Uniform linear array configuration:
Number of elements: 64
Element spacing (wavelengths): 0.5
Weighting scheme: hamming
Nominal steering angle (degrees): -60
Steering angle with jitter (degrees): -61.578
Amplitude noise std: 0.05
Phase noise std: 0.05

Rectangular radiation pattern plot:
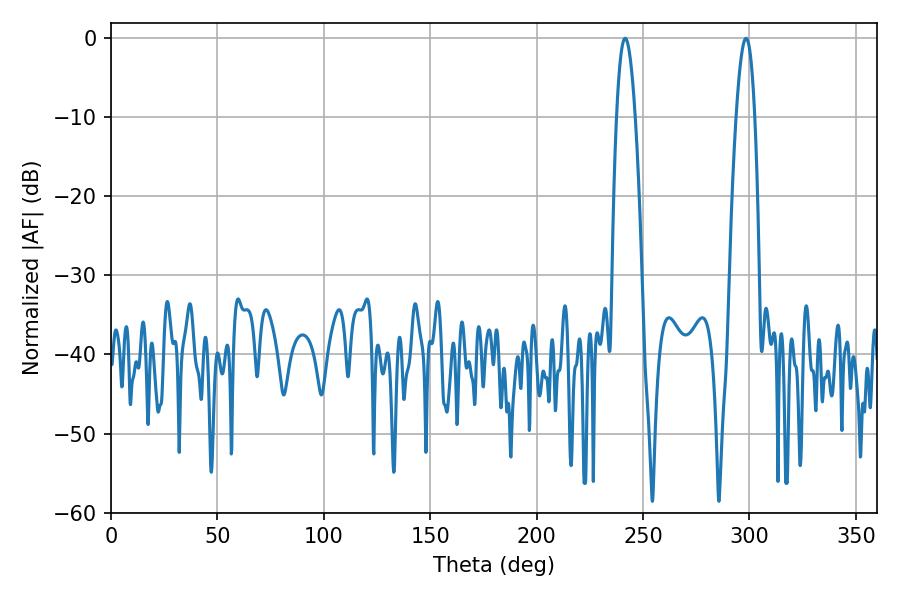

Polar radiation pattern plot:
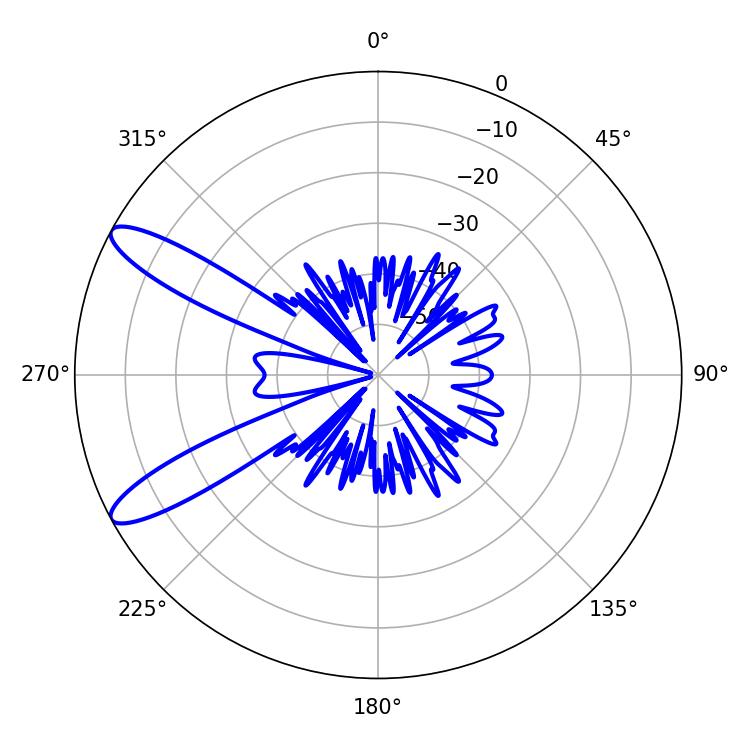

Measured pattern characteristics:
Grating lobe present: FALSE
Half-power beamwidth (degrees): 4.86
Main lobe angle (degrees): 241.56